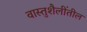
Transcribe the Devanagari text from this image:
वास्तुशैलींतील